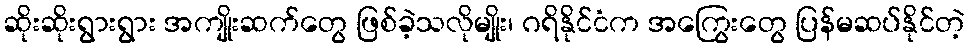
ဆိုးဆိုးရွားရွား အကျိုးဆက်တွေ ဖြစ်ခဲ့သလိုမျိုး၊ ဂရိနိုင်ငံက အကြွေးတွေ ပြန်မဆပ်နိုင်တဲ့